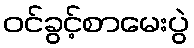
ဝင်ခွင့်စာမေးပွဲ